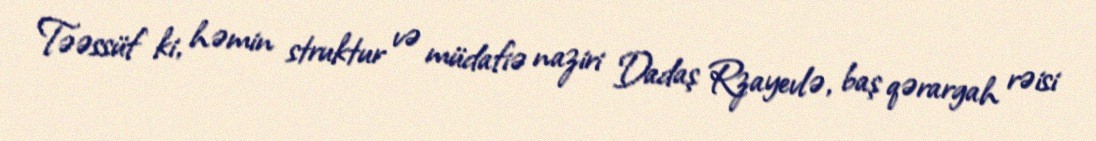
Təəssüf ki, həmin struktur və müdafiə naziri Dadaş Rzayevlə, baş qərargah rəisi